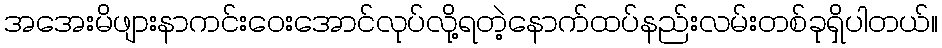
အအေးမိဖျားနာကင်းဝေးအောင်လုပ်လို့ရတဲ့နောက်ထပ်နည်းလမ်းတစ်ခုရှိပါတယ်။